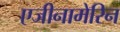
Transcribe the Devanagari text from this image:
एजीनामेरिन